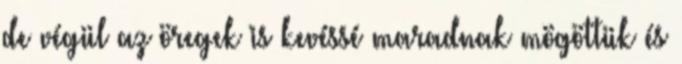
de végül az öregek is kevéssé maradnak mögöttük és